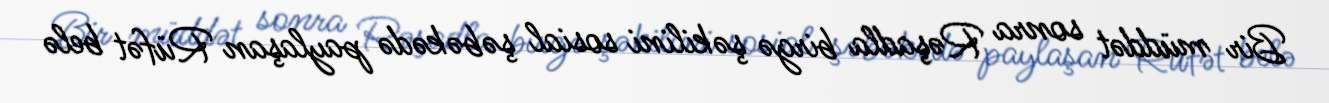
Bir müddət sonra Rəşadla birgə şəkilini sosial şəbəkədə paylaşan Rüfət belə